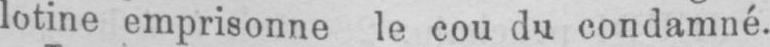
lotine emprisonne le cou du condamné.